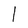
Character: 1